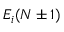
E _ { i } ( N \pm 1 )